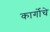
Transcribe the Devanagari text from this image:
कार्गोचे